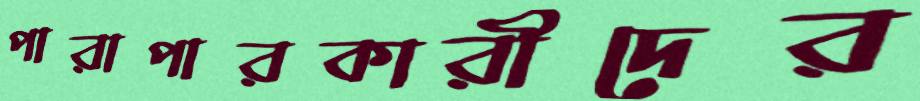
পারাপারকারীদের